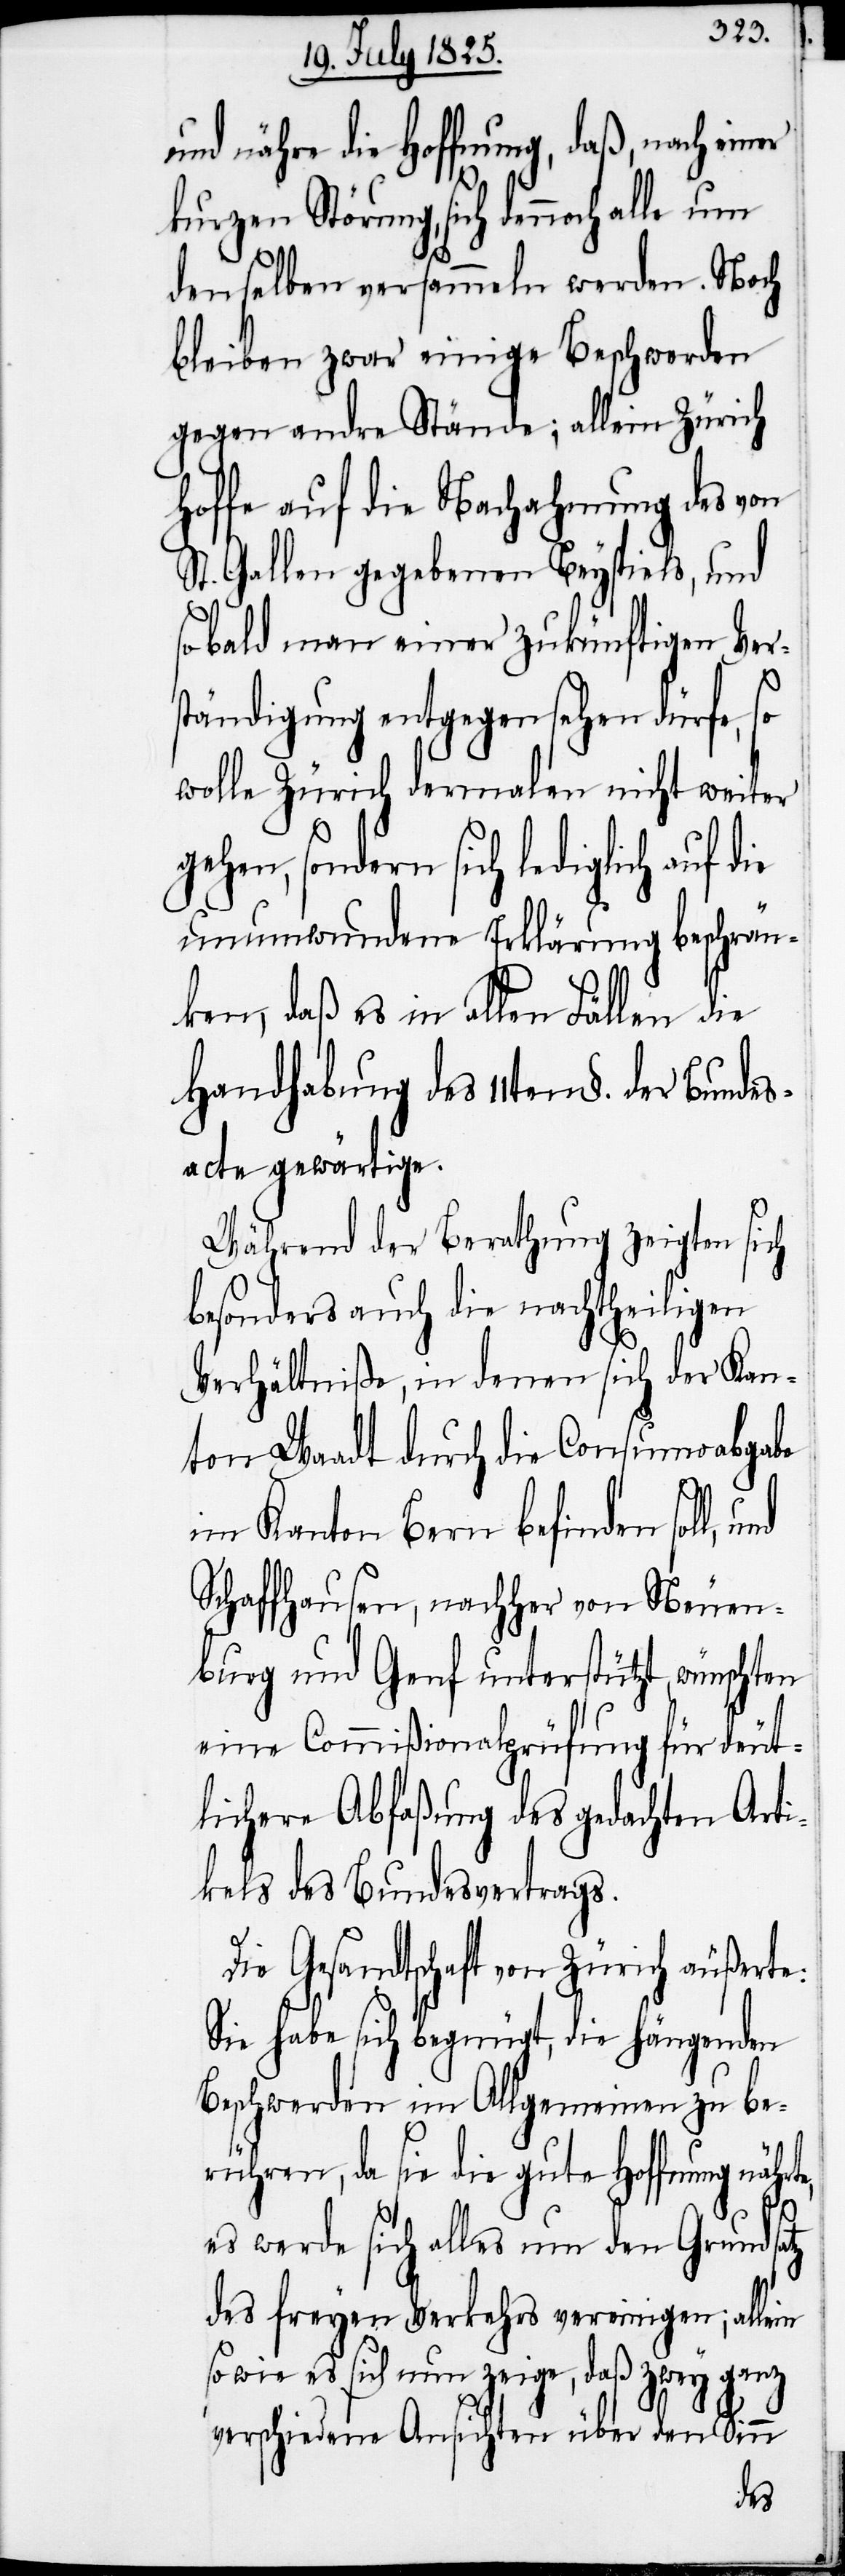
und nähre die Hoffnung, daß, nach ein¬
te,
kurzen Störung, sich dennoch alle um
denselben versammeln werden. Noch
bleiben zwar einige Beschwerden
gegen andre Stände; allein Zürich
hoffe auf die Nachahmung des von
St. Gallen gegebenen Beyspiels, und
sobald man einer zukünftigen Ver¬
ständigung entgegen sehen dürfe, so
wolle Zürich dermalen nicht weiter
sondern sich lediglich auf d¬
unumwundene Erklärung beschrän¬
ken, daß es in allen Fällen die
acte gewärtige.
Während der Berathung zeigten sich
besonders auch die nachtheiligen
Verhältniße, in denen sich der Kan¬
ton Waadt durch die Consumoabgabe
im Kanton Bern befinden soll,
Schaffhausen, nachher von Neuen¬
burg und Genf unterstützt, wünschten
eine Commißionalprüfung für deut¬
lichere Abfaßung des gedachten Arti¬
kels des Bundesvertrags.
Die Gesandtschaft von Zürich äußerte:
Sie habe sich begnügt, die hängenden
Beschwerden im Allgemeinen zu be¬
rühren, da sie die gute Hoffnung nähr¬
es werde sich alles um den Grundsatz
des freyen Verkehrs vereinigen; allein
sowie es sich nun zeige, daß zwey ganz
verschiedene Ansichten über den Sinn
des¬